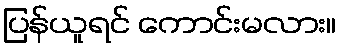
ပြန်ယူရင် ကောင်းမလား။